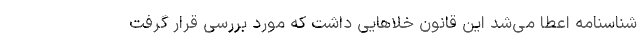
شناسنامه اعطا می‌شد این قانون خلاهایی داشت که مورد بررسی قرار گرفت